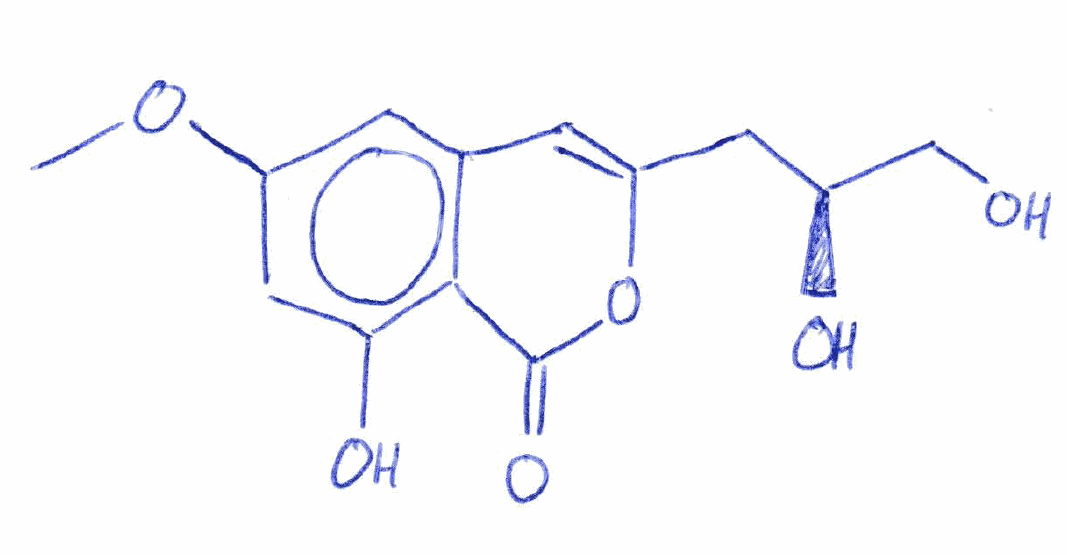
Simplified molecular-input line-entry system (SMILES) notation of the given molecule:
COC1=CC(=C2C(=C1)C=C(OC2=O)C[C@@H](CO)O)O